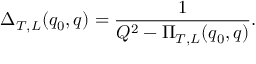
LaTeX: \Delta _ { T , L } ( q _ { 0 } , q ) = \frac { 1 } { Q ^ { 2 } - \Pi _ { T , L } ( q _ { 0 } , q ) } .